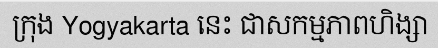
ក្រុង Yogyakarta នេះ ជាសកម្មភាពហិង្សា